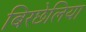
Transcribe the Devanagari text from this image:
बिरछेलिया